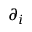
\partial _ { i }